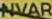
NVAR